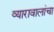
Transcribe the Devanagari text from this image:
व्यारावालांचा